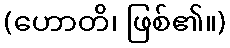
(ဟောတိ၊ ဖြစ်၏။)